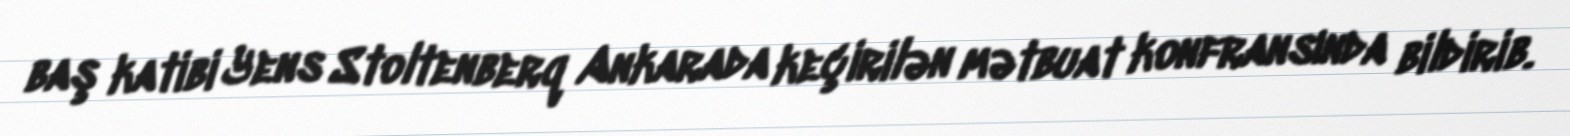
baş katibi Yens Stoltenberq Ankarada keçirilən mətbuat konfransında bildirib.